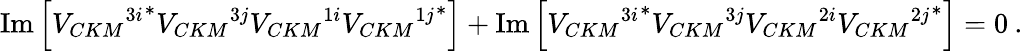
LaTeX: \mathrm{Im}\left[{{V_{CKM}}^{3i}}^{\ast}{V_{CKM}}^{3j}{V_{CKM}}^{1i}{{V_{CKM}}^{1j}}^{\ast}\right]+\mathrm{Im}\left[{{V_{CKM}}^{3i}}^{\ast}{V_{CKM}}^{3j}{V_{CKM}}^{2i}{{V_{CKM}}^{2j}}^{\ast}\right]=0\: .